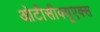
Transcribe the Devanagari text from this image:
ओटीसीक्यूएक्स